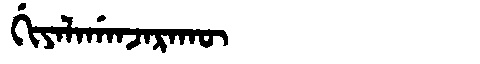
Manchu: ᡤᡳᠶᠠᠯᠠᡤᠠᠨᠵᠠᡵᠠᡴᡡ
Romanization: GIYALAGANJARAKŪ